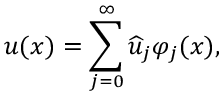
u ( x ) = \sum _ { j = 0 } ^ { \infty } \widehat { u } _ { j } \varphi _ { j } ( x ) ,